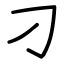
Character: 刁